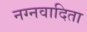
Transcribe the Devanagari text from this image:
नग्नवादिता